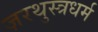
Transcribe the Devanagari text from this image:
ज़रथुस्त्रधर्म